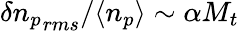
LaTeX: \delta{n_{p}}_{rms}/\langle n_{p}\rangle\sim\alpha M_{t}